Aleksander_Warma, lk 14
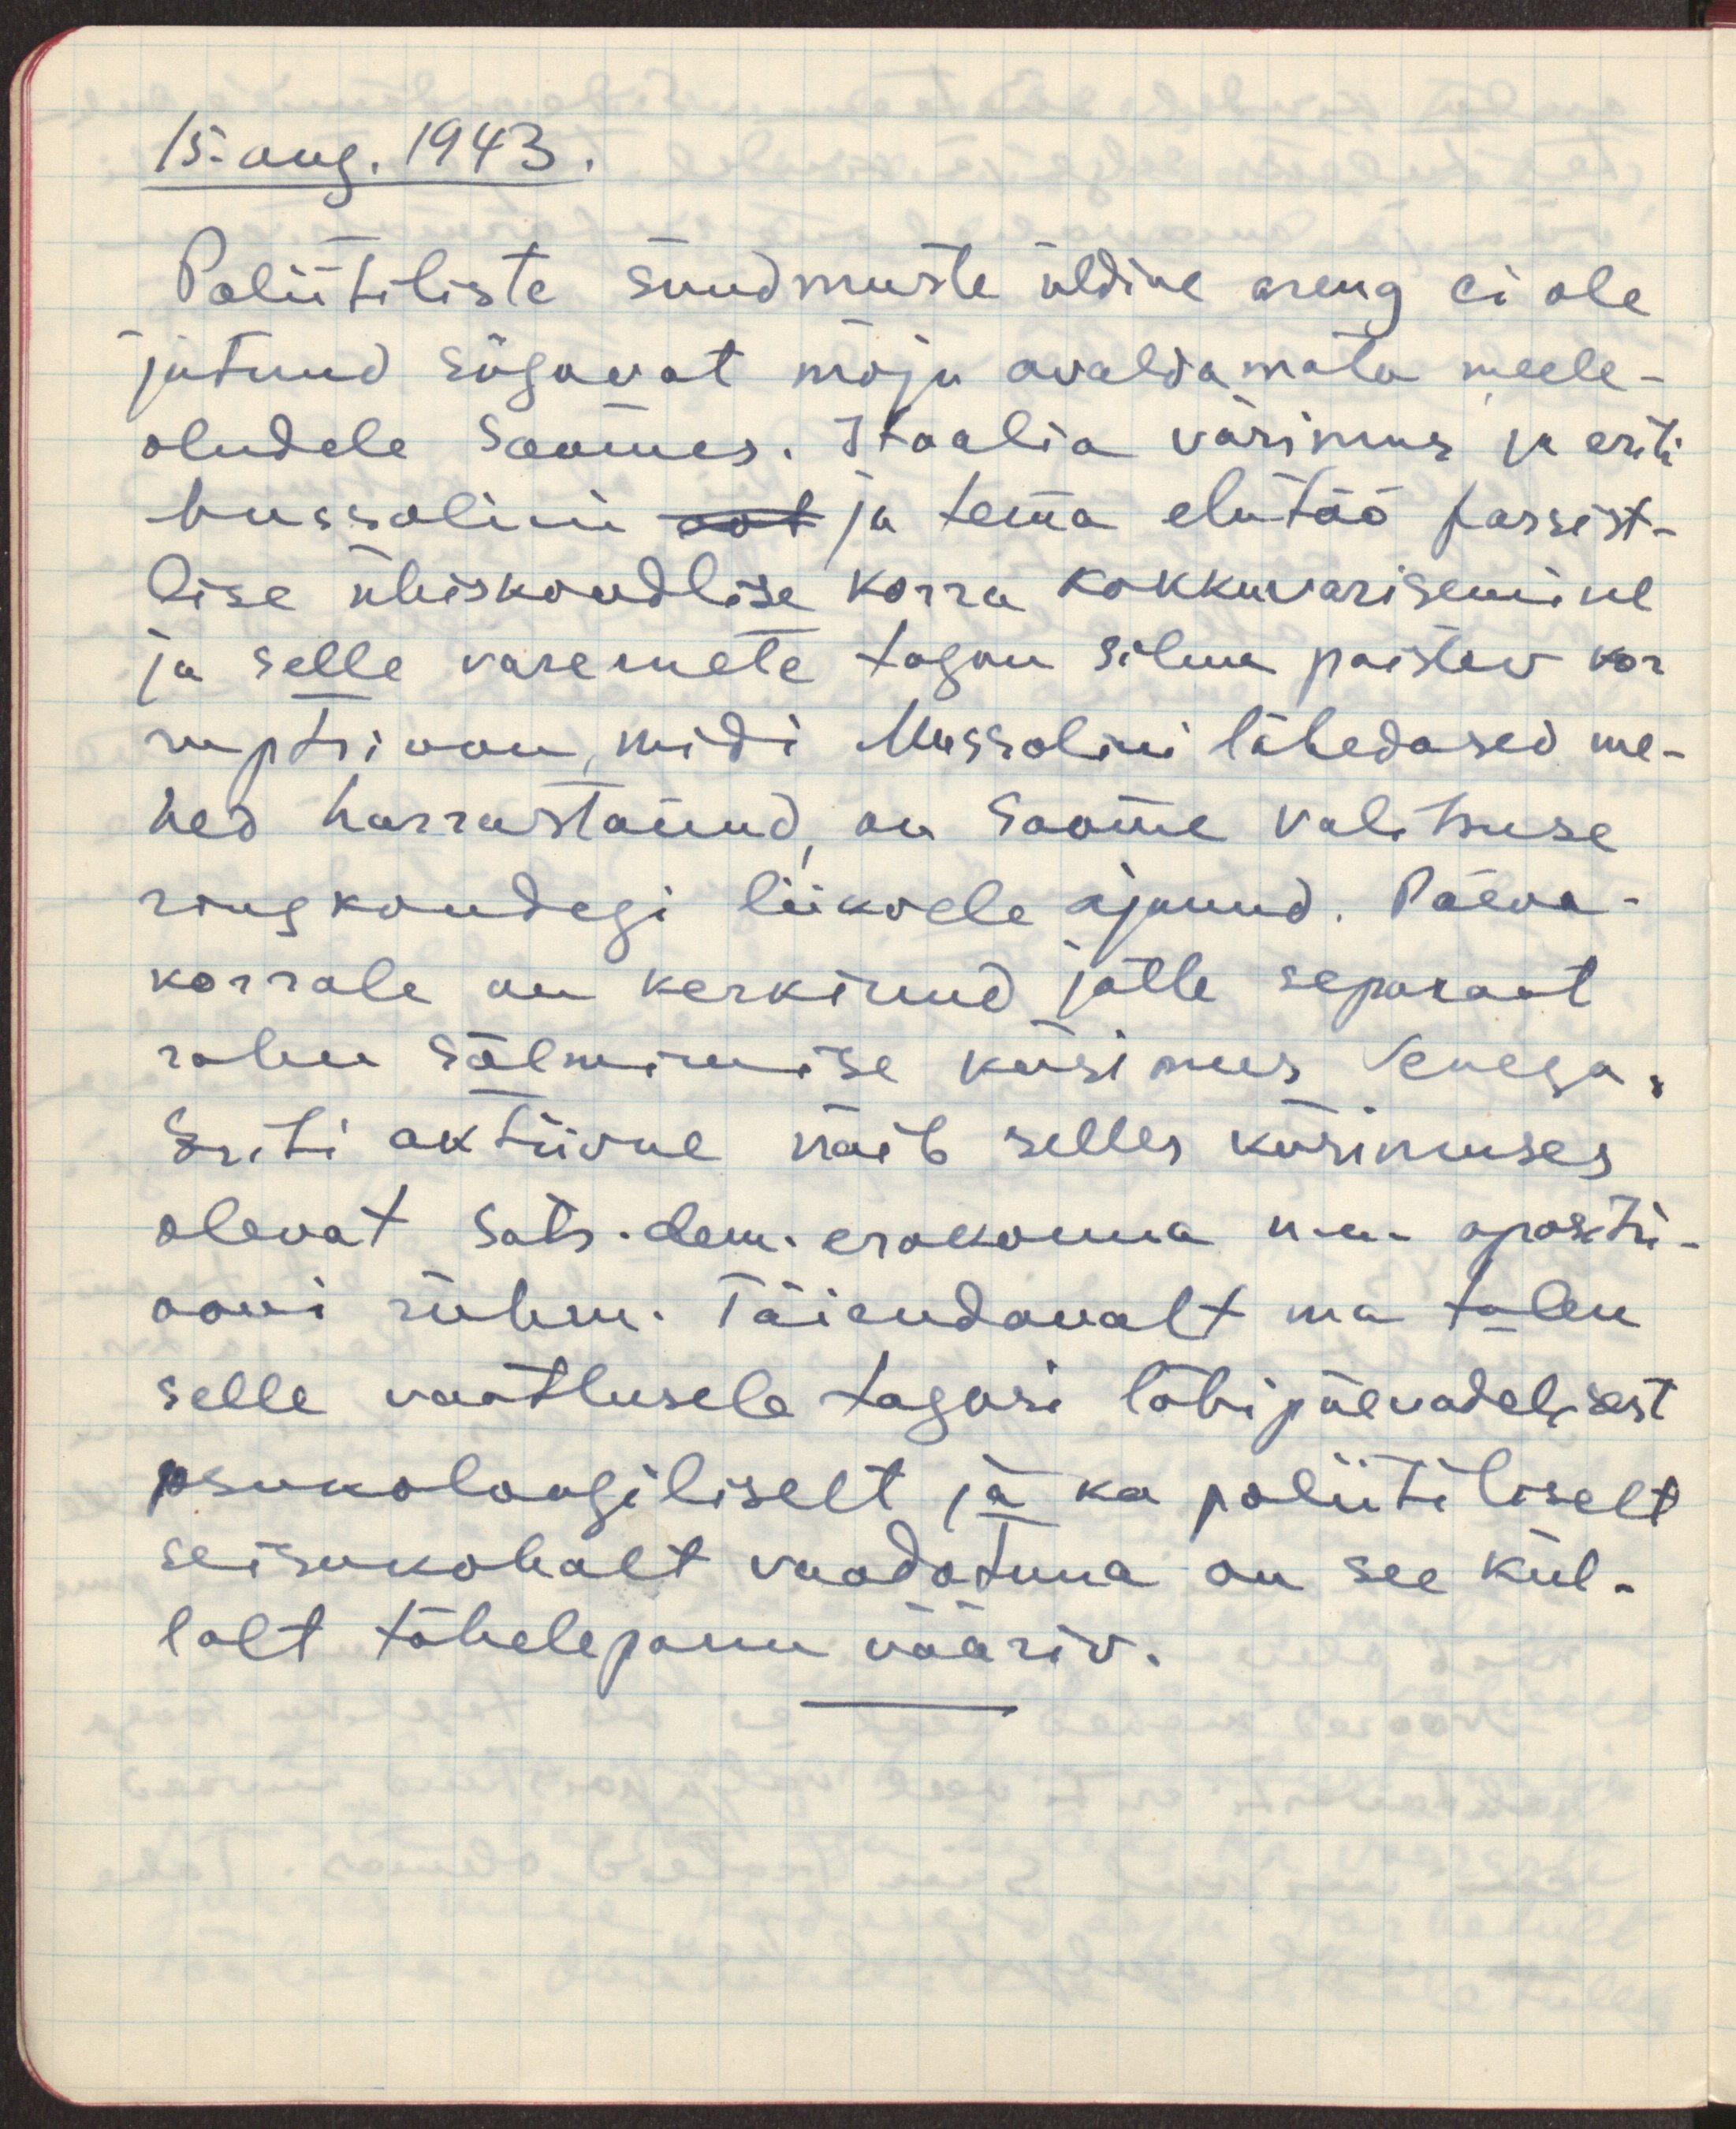
15.aug.1943.
Poliitiliste sündmuste üldine areng ei ole
jätnud sügavat mõju avaldamata meele-
oludele Soomes. Itaalia väsimus ja eriti
Mussolini oot ja tema elutöö fassist-
lise ühiskondlise korra kokkuvarisemisel
ja selle varemete tagan silma paistev kor
ruptsioon, mida Mussolini lähedased me-
hed harrastanud, on Soome valitsuse
ringkondegi liikvele ajanud. Päeva-
korrale on kerkinud jälle separaat
rahu sõlmimise küsimus Venega.
Eriti aktiivne näib selles küsimuses
olevat Sots. dem. erakonna n.n. opositsi-
ooni rühm. Täiendavalt ma tulen
selle vaatlusele tagasi lähipäevadel, sest
psukoloogiliselt ja ka poliitiliselt
seisukohalt vaadatuna on see kül-
lalt tähelepanu vääriv.